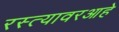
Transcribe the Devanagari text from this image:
रस्त्यावरआहे